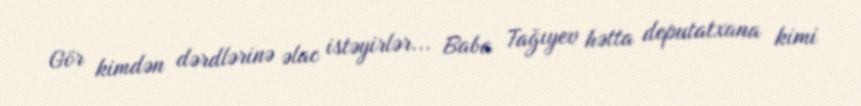
Gör kimdən dərdlərinə əlac istəyirlər... Baba Tağıyev hətta deputatxana kimi